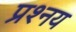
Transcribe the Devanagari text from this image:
प्रश्नय